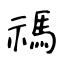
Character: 禡